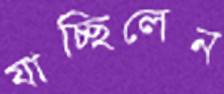
যাচ্ছিলেন